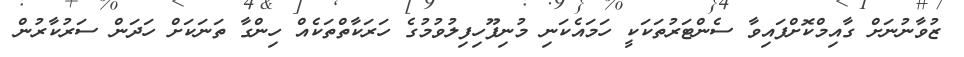
ޒުވާނުނަށް ގާއިމްކޮށްފައިވާ ސެންޓަރުތަކަކީ ހަމައެކަނި މުނިފޫހިފިލުވުމުގެ ހަރަކާތްތަކެއް ހިންގާ ތަނަކަށް ހަދަން ސަރުކާރުން